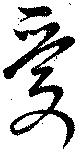
愛